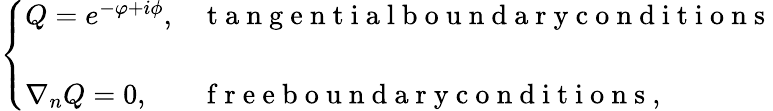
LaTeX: \left\{ \begin{array}{ll}{Q=e^{-\varphi+i\phi},}&{\mathrm{~t~a~n~g~e~n~t~i~a~l~b~o~u~n~d~a~r~y~c~o~n~d~i~t~i~o~n~s~}}\\ {~}\\ {\nabla_{n}Q=0,}&{\mathrm{~f~r~e~e~b~o~u~n~d~a~r~y~c~o~n~d~i~t~i~o~n~s~},}\end{array}\right.